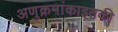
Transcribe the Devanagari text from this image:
अणुक्रमांकाइतकी